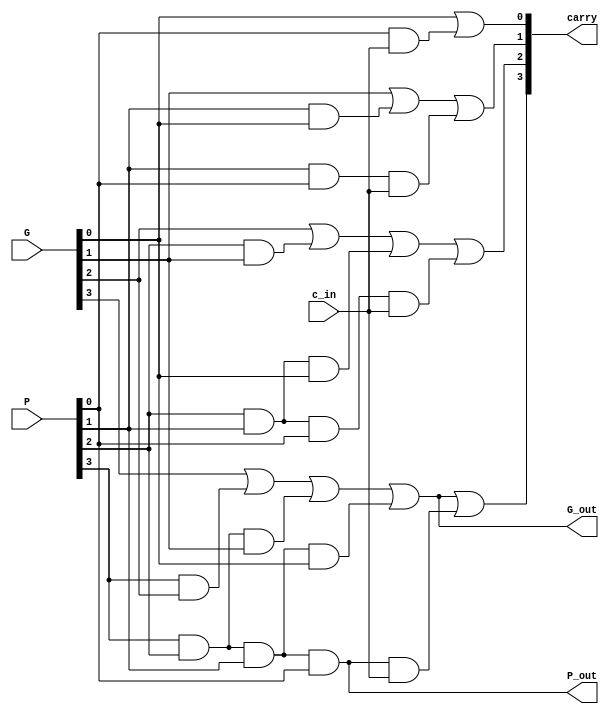
`timescale 1ns / 1ps

//////////////////////////////////////////////////////////////////////////////////
/*
    Assignment Number: 1
    Problem Number: 2 Carry Look-ahead Adder
    Semester Number: 5
    Group Number: 1 
    Group Members: Animesh Jha(19CS10070), Nisarg Upadhyaya (19CS30031)
*/
//////////////////////////////////////////////////////////////////////////////////

module LookaheadCarryUnit(
    input c_in,
    input [3:0] P,
    input [3:0] G,
    output [4:1] carry,
    output P_out,
    output G_out
    );

/*
	Logic:
	
	Take c_in to be carry[0] then
	carry[i] = G[i-1] | (P[i-1] & carry[i-1]), 1 <= i <= 4
	
	Recursively expanding we get
	carry[1] = G[0] | (P[0] & carry[0]) = G[0] | (P[0] & c_in)
	carry[2] = G[1] | (P[1] & carry[1]) = G[1] | (P[1] & G[0]) | (P[1] & P[0] & c_in)
	carry[3] = G[2] | (P[2] & carry[2]) = G[2] | (P[2] & G[1]) | (P[2] & P[1] & G[0]) | (P[2] & P[1] & P[0] & c_in)
	carry[4] = G[3] | (P[3] & carry[3]) = G[3] | (P[3] & G[2]) | (P[3] & P[2] & G[1]) | (P[3] & P[2] & P[1] & G[0]) | (P[3] & P[2] & P[1] & P[0] & c_in)
	
	Also block propogate P_out and generate G_out are calculated as
	P_out = P[3] & P[2] & P[1] & P[0]
	G_out = G[3] | (P[3] & G[2]) | (P[3] & P[2] & G[1]) | (P[3] & P[2] & P[1] & G[0])
*/
	
	// calculate the lookahead carries using block propagate and generate from previous level
	assign carry[1] = G[0] | (P[0] & c_in);
	assign carry[2] = G[1] | (P[1] & G[0]) | (P[1] & P[0] & c_in);
	assign carry[3] = G[2] | (P[2] & G[1]) | (P[2] & P[1] & G[0]) | (P[2] & P[1] & P[0] & c_in);
	assign carry[4] = G[3] | (P[3] & G[2]) | (P[3] & P[2] & G[1]) | (P[3] & P[2] & P[1] & G[0]) | (P[3] & P[2] & P[1] & P[0] & c_in);
	
	// calculate the block propagate and generate for the next level
	assign P_out = P[3] & P[2] & P[1] & P[0];
	assign G_out = G[3] | (P[3] & G[2]) | (P[3] & P[2] & G[1]) | (P[3] & P[2] & P[1] & G[0]);

endmodule